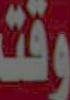
وقت